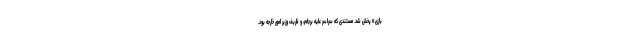
بازی» پخش شد. مستندی که سراسر علیه برجام، و ظریف وزیر امور خارجه بود.